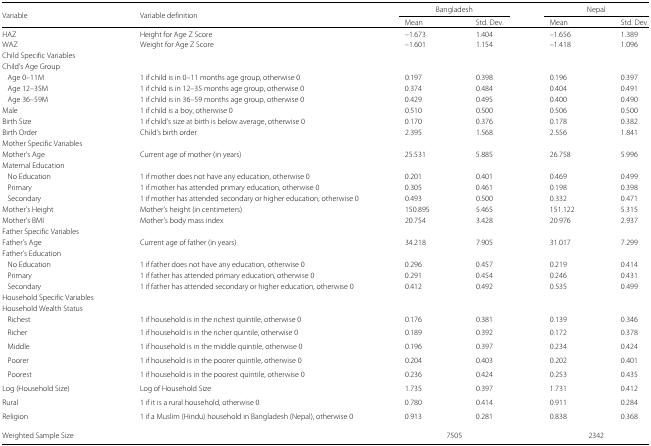
<table><thead><tr><td><b>Variable</b></td><td><b>Variable definition</b></td><td colspan="2"><b>Bangladesh</b></td><td colspan="2"><b>Nepal</b></td></tr><tr><td></td><td></td><td><b>Mean</b></td><td><b>Std. Dev.</b></td><td><b>Mean</b></td><td><b>Std. Dev.</b></td></tr></thead><tbody><tr><td>HAZ</td><td>Height for Age Z Score</td><td>–1.673</td><td>1.404</td><td>–1.656</td><td>1.389</td></tr><tr><td>WAZ</td><td>Weight for Age Z Score</td><td>–1.601</td><td>1.154</td><td>–1.418</td><td>1.096</td></tr><tr><td>Child Specific Variables</td><td></td><td></td><td></td><td></td><td></td></tr><tr><td>Child’s Age Group</td><td></td><td></td><td></td><td></td><td></td></tr><tr><td>Age 0–11M</td><td>1 if child is in 0–11 months age group, otherwise 0</td><td>0.197</td><td>0.398</td><td>0.196</td><td>0.397</td></tr><tr><td>Age 12–35M</td><td>1 if child is in 12–35 months age group, otherwise 0</td><td>0.374</td><td>0.484</td><td>0.404</td><td>0.491</td></tr><tr><td>Age 36–59M</td><td>1 if child is in 36–59 months age group, otherwise 0</td><td>0.429</td><td>0.495</td><td>0.400</td><td>0.490</td></tr><tr><td>Male</td><td>1 if child is a boy, otherwise 0</td><td>0.510</td><td>0.500</td><td>0.506</td><td>0.500</td></tr><tr><td>Birth Size</td><td>1 if child’s size at birth is below average, otherwise 0</td><td>0.170</td><td>0.376</td><td>0.178</td><td>0.382</td></tr><tr><td>Birth Order</td><td>Child’s birth order</td><td>2.395</td><td>1.568</td><td>2.556</td><td>1.841</td></tr><tr><td>Mother Specific Variables</td><td></td><td></td><td></td><td></td><td></td></tr><tr><td>Mother’s Age</td><td>Current age of mother (in years)</td><td>25.531</td><td>5.885</td><td>26.758</td><td>5.996</td></tr><tr><td>Maternal Education</td><td></td><td colspan="2"></td><td></td><td></td></tr><tr><td>No Education</td><td>1 if mother does not have any education, otherwise 0</td><td>0.201</td><td>0.401</td><td>0.469</td><td>0.499</td></tr><tr><td>Primary</td><td>1 if mother has attended primary education, otherwise 0</td><td>0.305</td><td>0.461</td><td>0.198</td><td>0.398</td></tr><tr><td>Secondary</td><td>1 if mother has attended secondary or higher education, otherwise 0</td><td>0.493</td><td>0.500</td><td>0.332</td><td>0.471</td></tr><tr><td>Mother’s Height</td><td>Mother’s height (in centimeters)</td><td>150.895</td><td>5.465</td><td>151.122</td><td>5.315</td></tr><tr><td>Mother’s BMI</td><td>Mother’s body mass index</td><td>20.754</td><td>3.428</td><td>20.976</td><td>2.937</td></tr><tr><td>Father Specific Variables</td><td></td><td></td><td></td><td></td><td></td></tr><tr><td>Father’s Age</td><td>Current age of father (in years)</td><td>34.218</td><td>7.905</td><td>31.017</td><td>7.299</td></tr><tr><td>Father’s Education</td><td></td><td colspan="2"></td><td></td><td></td></tr><tr><td>No Education</td><td>1 if father does not have any education, otherwise 0</td><td>0.296</td><td>0.457</td><td>0.219</td><td>0.414</td></tr><tr><td>Primary</td><td>1 if father has attended primary education, otherwise 0</td><td>0.291</td><td>0.454</td><td>0.246</td><td>0.431</td></tr><tr><td>Secondary</td><td>1 if father has attended secondary or higher education, otherwise 0</td><td>0.412</td><td>0.492</td><td>0.535</td><td>0.499</td></tr><tr><td>Household Specific Variables</td><td></td><td></td><td></td><td></td><td></td></tr><tr><td>Household Wealth Status</td><td></td><td></td><td></td><td></td><td></td></tr><tr><td>Richest</td><td>1 if household is in the richest quintile, otherwise 0</td><td>0.176</td><td>0.381</td><td>0.139</td><td>0.346</td></tr><tr><td>Richer</td><td>1 if household is in the richer quintile, otherwise 0</td><td>0.189</td><td>0.392</td><td>0.172</td><td>0.378</td></tr><tr><td>Middle</td><td>1 if household is in the middle quintile, otherwise 0</td><td>0.196</td><td>0.397</td><td>0.234</td><td>0.424</td></tr><tr><td>Poorer</td><td>1 if household is in the poorer quintile, otherwise 0</td><td>0.204</td><td>0.403</td><td>0.202</td><td>0.401</td></tr><tr><td>Poorest</td><td>1 if household is in the poorest quintile, otherwise 0</td><td>0.236</td><td>0.424</td><td>0.253</td><td>0.435</td></tr><tr><td>Log (Household Size)</td><td>Log of Household Size</td><td>1.735</td><td>0.397</td><td>1.731</td><td>0.412</td></tr><tr><td>Rural</td><td>1 if it is a rural household, otherwise 0</td><td>0.780</td><td>0.414</td><td>0.911</td><td>0.284</td></tr><tr><td>Religion</td><td>1 if a Muslim (Hindu) household in Bangladesh (Nepal), otherwise 0</td><td>0.913</td><td>0.281</td><td>0.838</td><td>0.368</td></tr><tr><td>Weighted Sample Size</td><td></td><td colspan="2">7505</td><td colspan="2">2342</td></tr></tbody></table>